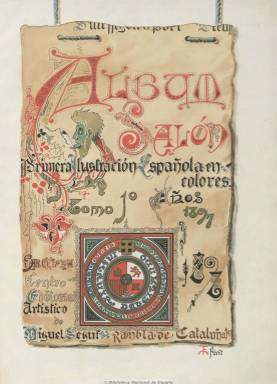
Título: Álbum salón
Colección: Literatura || Arte || Música
Ámbito geográfico: Barcelona
Lugar de publicación: Barcelona
Fechas: 21/11/1897-01/01/1907

Se anunció como la “primera ilustración española en colores”, siendo una de las revistas más interesantes tanto por sus numerosas y hermosas reproducciones pictóricas en cuatricomía, como por el nutrido número de destacados colaboradores, entre escritores y dibujantes. Es una publicación del barcelonés Centro Editorial Artístico de Miguel Seguí (1858-1923), el grabador, impresor y editor cuyas reproducciones de los dibujos de Fortuny y la serie Los caprichos de Goya le habían dado gran fama en su juventud, y que fue su fundador, propietario y director. Se trata de una revista de gran lujo y gran formato, que introdujo en sus páginas estampas y decoraciones modernistas de art nouveau. Tanto fueron famosas sus magníficas cromolitografías, que se indicaba que era leída “por la mayor parte de las familias aristocráticas y de la nobleza, incluida la Familia Real, las de los presidentes de casi todas las repúblicas hispano-americanas y en general por todas las personas de posición en España y América”, apareciendo bajo su cabecera el subtítulo de “revista ibero-americana de literatura y arte”.

Aparece su primera entrega el 21 de noviembre de 1897 y su periodicidad fue diversa –quincenal, decenal y semanal- teniendo cambios en el número de páginas, aunque, en general, fueron 16 por número, repartidas al cincuenta por ciento entre texto e ilustraciones a color y en blanco y negro, algunas a toda plana o a doble página. Con cubierta a todo color, sus láminas litografiadas son consideradas de una belleza extraordinaria, correspondiendo a obras pictóricas de prestigiosos artistas de la época, entre los que se encuentran Mariano Benlliure, Ricardo Madrazo, Santiago Rusiñol, Joaquín Sorolla, Joaquín Agrasot, José Arija, Cecilio Pla, Fernando Alberti, Ángel Lizcano, Félix Mestres, Marcelino de Unceta, Enrique Estevan, Francisco Miralles, Enrique Serra, José Cusachs, Sans Castaño, Pellicer Montseny o Pinazo, entre otros muchos. Generalmente, cada número contiene cuatro de estas láminas, pero también en sus páginas de texto reproduce objetos artísticos y escultóricos e inserta dibujos, caricaturas y viñetas al pincel, al carbón o a la pluma, de Josep Simont Guillen o José Cuchy. También ofreció una litografía suelta dedicada a la moda, y estampó partituras musicales.

Asimismo, publica retratos fotográficos de personajes de los estudios de Valentín Gómez, Franzen, Xatart y Esplugas, y de otros fotógrafos de provincias, como Valentín Gómez, así como reportajes fotográficos de la Exposición de Bellas Artes e Industrias Artísticas de Barcelona, de acorazados españoles antes del desastre colonial cubano, de la boda de Alfonso XIII (tanto en blanco y negro como en color), del concurso hípico y batalla de flores de Barcelona, y otras instantáneas de edificios monumentales, vistas y panorámicas.

Tuvo como redactores a Vicente Suárez Casañ y Salvador Carrera, siendo éste también su redactor-jefe, y entre sus prestigiosos colaboradores literarios, tanto españoles como americanos, contó con Emilia Pardo Bazán, Benito Pérez Galdós, Leopoldo Alas (Clarín), Rafael Altamira, Federico Balart, Vicente Blasco Ibáñez, Ramón de Campoamor, José Echegaray, Carlos Frontaura, Mariano de Cavia, Teodoro Llorente, Sinesio Delgado, Luis Bonafoux, Eusebio Blasco, Vital Aza, Víctor Balaguer, Juan Valera, Jacinto Octavio Picón, Gaspar Núñez de Arce,  José Ramón Mélida, Melchor de Palau, F. Miquel y Badía, José Villegas (Zeda), Isidoro Fernández Flórez (Fernanflor) o José Gutiérrez Abascal (Kasabal), todos ellos nombres de un cuadro de colaboradores literarios, que junto a los pintores, dibujantes y músicos aparecen bajo la cabecera de cada entrega.

Los temas y asuntos que trata son muy variados, y lo serán de arte, pintura, música, teatro, deportes o tauromaquia; inserta revistas de salones; artículos literarios, científicos y festivos, de modas, biográficos y de personajes sociales; crónicas y reportajes de actualidad y breves cuentos y poesías. Tiene secciones fijas, como la de viñetas humorísticas de Joaquín Xaudaró o Miguel Navarrete; las páginas literarias de Salvador Carrera y Luis del Val; las Crónicas ligeras de Pablo Segovia, o la sección Mosaico, de contenidos misceláneos. Sus dos últimas páginas estaban dedicadas a las inserciones de anuncios comerciales.

Señala Sánchez Vigil (2008), que los fotograbados de Álbum salón salieron del taller de Josep Thomas Bigas (c. 1850-1910), uno de los fotograbadores que introdujeron en España los procedimientos fotomecánicos de reproducción y que elaboró otros en color para las revistas barcelonesas La ilustració catalana (1880-1917) y La ilustración artística (1882-1917).

La colección de este título está formada por volúmenes anuales magníficamente encuadernados, con decoraciones modernistas firmadas por Roca. Cada año pública un índice de materias. Estuvo publicándose hasta 1907.